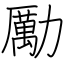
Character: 勵